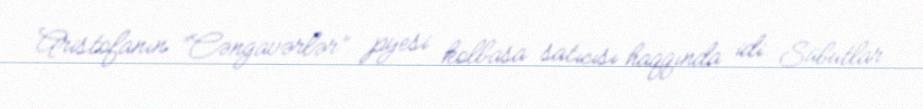
Aristofanın “Cəngavərlər” pyesi kolbasa satıcısı haqqında idi. Sübutlar